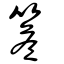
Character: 簷